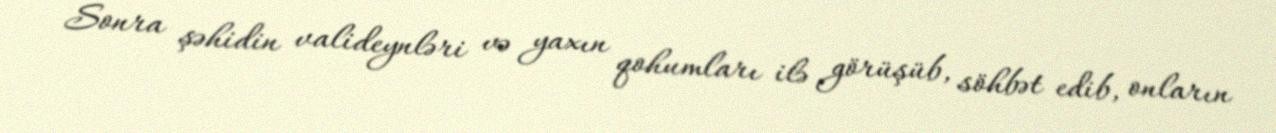
Sonra şəhidin valideynləri və yaxın qohumları ilə görüşüb, söhbət edib, onların